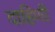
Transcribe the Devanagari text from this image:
दाहिणी